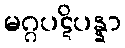
မဂ္ဂပဋိပန္နာ